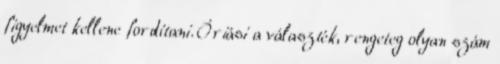
figyelmet kellene fordítani. Óriási a választék, rengeteg olyan szám